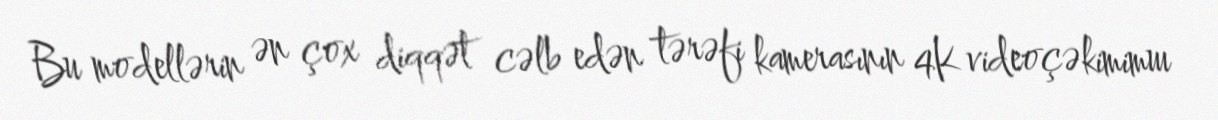
Bu modellərin ən çox diqqət cəlb edən tərəfi kamerasının 4K videoçəkimiтш